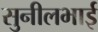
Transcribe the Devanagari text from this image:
सुनीलभाई